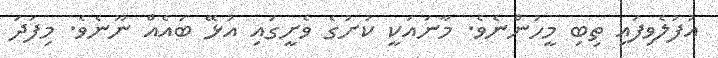
އުފުލެވިފައި ތިބި މީހުންނެވެ. މާނައަކީ ކުށުގެ ވެށީގައި އުޅޭ ބައެއް ނޫނެވެ. މިފަދަ